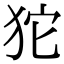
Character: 𤝛